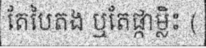
តែបៃតង ឬតែផ្កាម្លិះ (